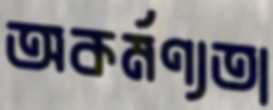
অকর্মণ্যতা